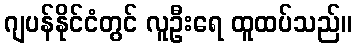
ဂျပန်နိုင်ငံတွင် လူဦးရေ ထူထပ်သည်။